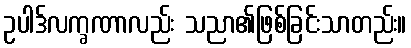
ဥပါဒ်လက္ခဏာလည်း သညာ၏ဖြစ်ခြင်းသာတည်း။